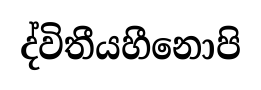
ද්විතීයහීනොපි